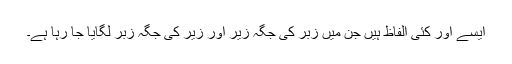
ایسے اور کئی الفاظ ہیں جن میں زبر کی جگہ زیر اور زیر کی جگہ زبر لگایا جا رہا ہے۔